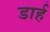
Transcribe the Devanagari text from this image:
डार्ह